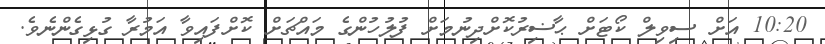
10:20 އަށް ސިވިލް ކޯޓަށް ޙާޟިރުކޮށްދިނުމަށް ފުލުހުންގެ މައްޗަށް ކޮށްފައިވާ އަމުރާ ގުޅިގެންނެވެ.